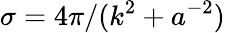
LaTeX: {\sigma=4\pi/(k^{2}+a^{-2})}